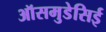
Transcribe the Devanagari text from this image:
ऑसमुडेसिई